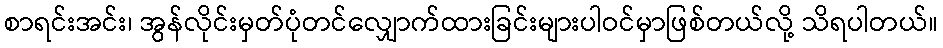
စာရင်းအင်း၊ အွန်လိုင်းမှတ်ပုံတင်လျှောက်ထားခြင်းများပါဝင်မှာဖြစ်တယ်လို့ သိရပါတယ်။